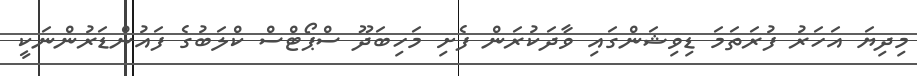
މިދިޔަ އަހަރު ފުރަތަމަ ޑިވިޝަންގައި ވާދަކުރަން ފެށި މަހިބަދޫ ސްޕޯޓްސް ކްލަބުގެ ފައުންޑަރުންނަކީ